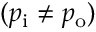
( p _ { \mathrm { { i } } } \neq p _ { \mathrm { { o } } } )